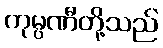
ကုမ္ပဏီတို့သည်